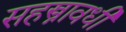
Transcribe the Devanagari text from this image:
सहस्त्रावधी